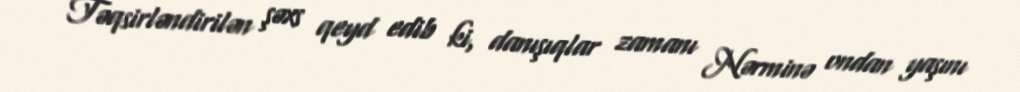
Təqsirləndirilən şəxs qeyd edib ki, danışıqlar zamanı Nərminə ondan yaşını